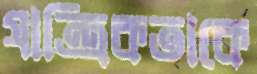
যান্ত্রিকতাকে